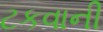
ટકવાની